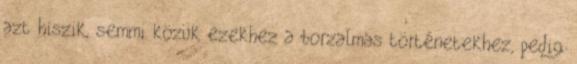
azt hiszik, semmi közük ezekhez a borzalmas történetekhez, pedig